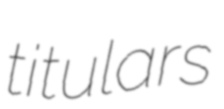
titulars